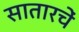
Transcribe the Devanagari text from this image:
सातारचें